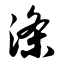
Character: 涤